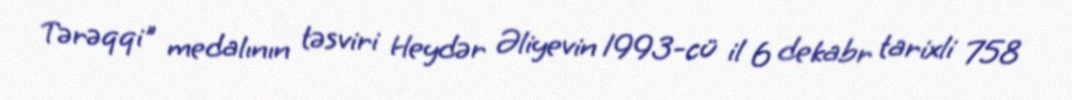
Tərəqqi" medalının təsviri Heydər Əliyevin 1993-cü il 6 dekabr tarixli 758